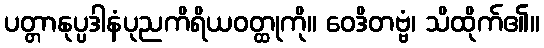
ပတ္တာနုပ္ပဒါနံပုညကိရိယဝတ္ထုကို။ ဝေဒိတဗ္ဗံ၊ သိထိုက်၏။